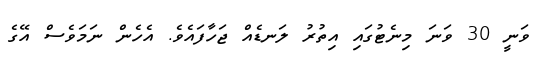
ވަނީ 30 ވަނަ މިނެޓުގައި އިތުރު ލަނޑެއް ޖަހާފައެވެ. އެހެން ނަމަވެސް އޭގެ